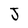
Character: J